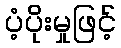
ပံ့ပိုးမှုဖြင့်